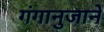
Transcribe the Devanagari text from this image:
गंगानुजाने